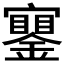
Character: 𨭧